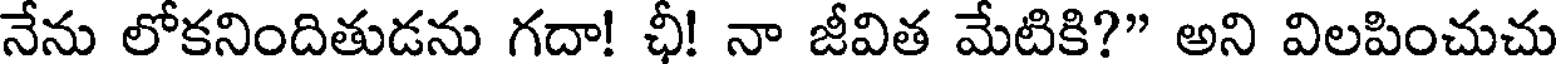
నేను లోకనిందితుడను గదా! ఛీ! నా జీవిత మేటికి?" అని విలపించుచు